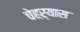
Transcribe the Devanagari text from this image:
चेहऱ्यास